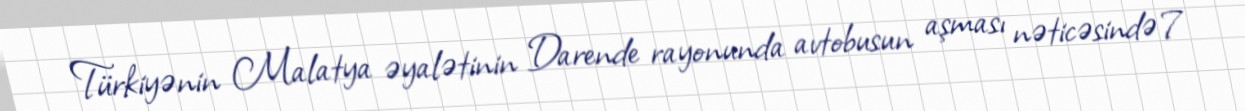
Türkiyənin Malatya əyalətinin Darende rayonunda avtobusun aşması nəticəsində 7